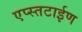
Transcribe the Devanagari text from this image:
एप्स्तटाईण